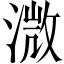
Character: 溦